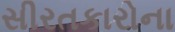
સીરતકારોના